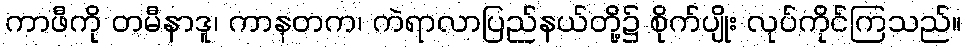
ကာဖီကို တမီနာဒူ၊ ကာနတက၊ ကဲရာလာပြည်နယ်တို့၌ စိုက်ပျိုး လုပ်ကိုင်ကြသည်။